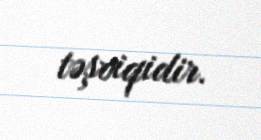
təşviqidir.